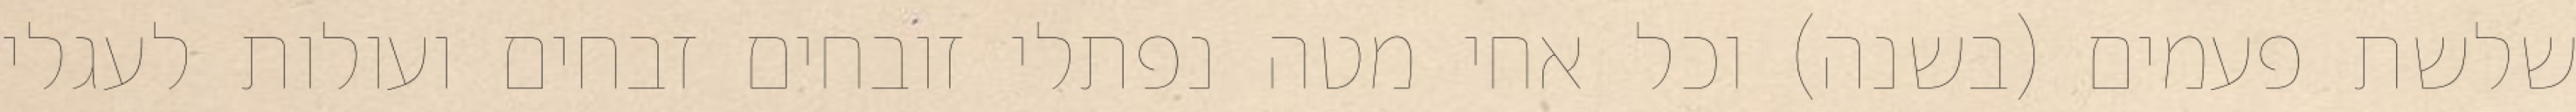
שלשת פעמים (בשנה) וכל אחי מטה נפתלי זובחים זבחים ועולות לעגלי